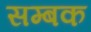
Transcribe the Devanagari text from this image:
सम्बक